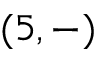
( 5 , - )